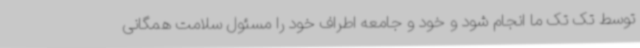
توسط تک تک ما انجام شود و خود و جامعه اطراف خود را مسئول سلامت همگانی